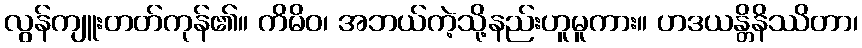
လွန်ကျူးတတ်ကုန်၏။ ကိမိဝ၊ အဘယ်ကဲ့သို့နည်းဟူမူကား။ ဟဒယန္တိနိဿိတာ၊